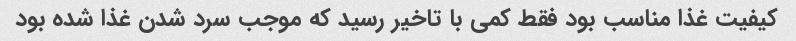
کیفیت غذا مناسب بود فقط کمی با تاخیر رسید که موجب سرد شدن غذا شده بود